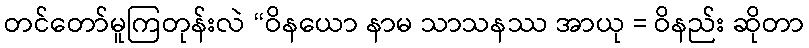
တင်တော်မူကြတုန်းလဲ “ဝိနယော နာမ သာသနဿ အာယု = ဝိနည်း ဆိုတာ